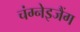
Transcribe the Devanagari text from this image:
चंग्नेइजैंग